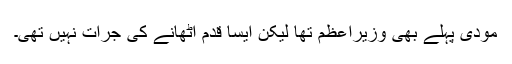
مودی پہلے بھی وزیراعظم تھا لیکن ایسا قدم اٹھانے کی جرات نہیں تھی۔